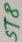
Text: ST8